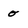
Character: o